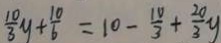
\frac { 1 0 } { 3 } y + \frac { 1 0 } { 6 } = 1 0 - \frac { 1 0 } { 3 } + \frac { 2 0 } { 3 } y